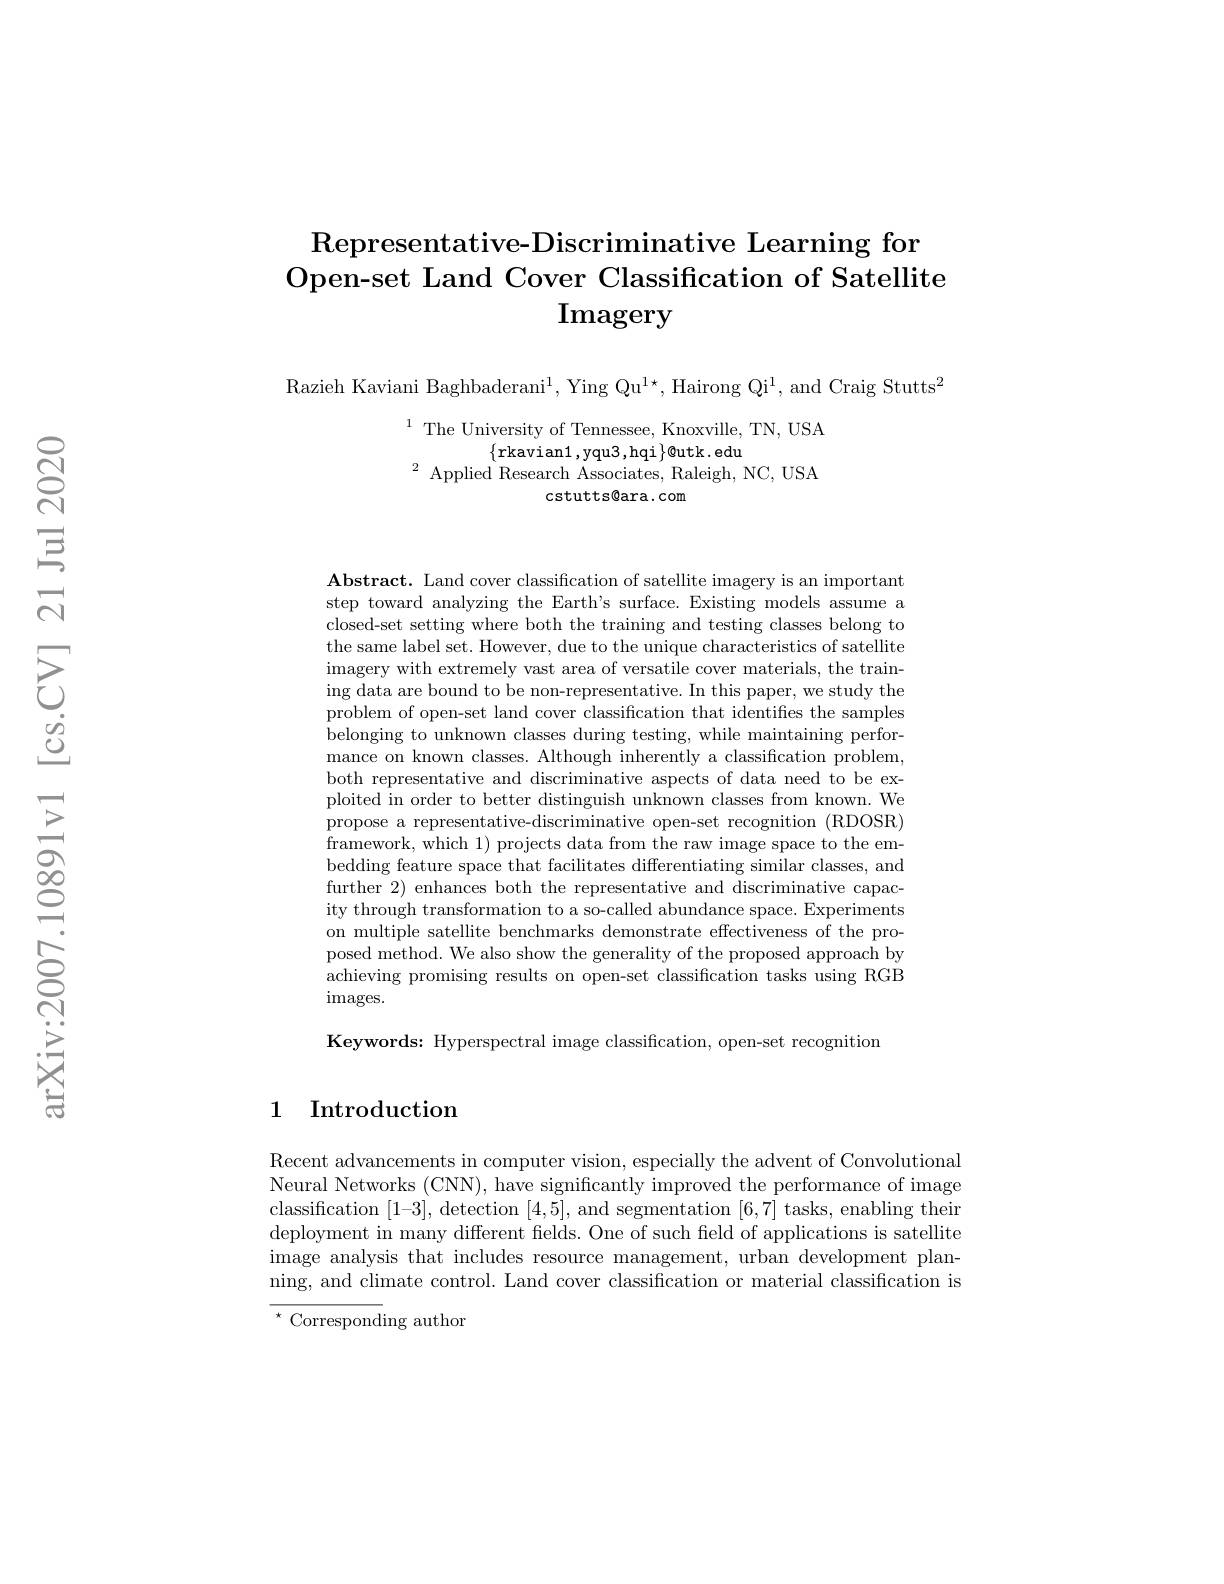
Representative- Discriminative Learning for
Open- set Land Cover Classification of Satellite
$\mathbf{Imagery}$

Razieh Kaviani Baghbaderani$^1$, Ying Qu$^{1\star}$, Hairong Qi$^1$, and Craig Stutts$^2$

$^{1}$ The University of Tennessee, Knoxville, TN, USA
$\{$rkavian1,yqu3,hqi$\}$@utk.edu
$^{2}{\mathrm{~Applied~Research~Associates,~Raleigh,~NC,~USA}}$
cstutts@ara.com

Abstract. Land cover classification of satellite imagery is an important step toward analyzing the Earth's surface. Existing models assume a closed-set setting where both the training and testing classes belong to the same label set. However, due to the unique characteristics of satellite imagery with extremely vast area of versatile cover materials, the training data are bound to be non-representative. In this paper, we study the problem of open-set land cover classification that identifies the samples belonging to unknown classes during testing, while maintaining performance on known classes. Although inherently a classification problem, both representative and discriminative aspects of data need to be exploited in order to better distinguish unknown classes from known. We propose a representative-discriminative open-set recognition (RDOSR) framework, which 1) projects data from the raw image space to the embedding feature space that facilitates differentiating similar classes, and further 2) enhances both the representative and discriminative capacity through transformation to a so-called abundance space. Experiments on multiple satellite benchmarks demonstrate effectiveness of the proposed method. We also show the generality of the proposed approach by achieving promising results on open-set classification tasks using RGB images.

Keywords: Hyperspectral image classification, open-set recognition

1 Introduction

Recent advancements in computer vision, especially the advent of Convolutional Neural Networks (CNN), have significantly improved the performance of image classification $[1–3]$, detection [4,5], and segmentation [6,7] tasks, enabling their deployment in many different felds. One of such feld of applications is satellite image analysis that includes resource management, urban development planning, and climate control. Land cover classification or material classification is $^{\star}$ Corresponding author